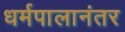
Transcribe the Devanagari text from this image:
धर्मपालानंतर